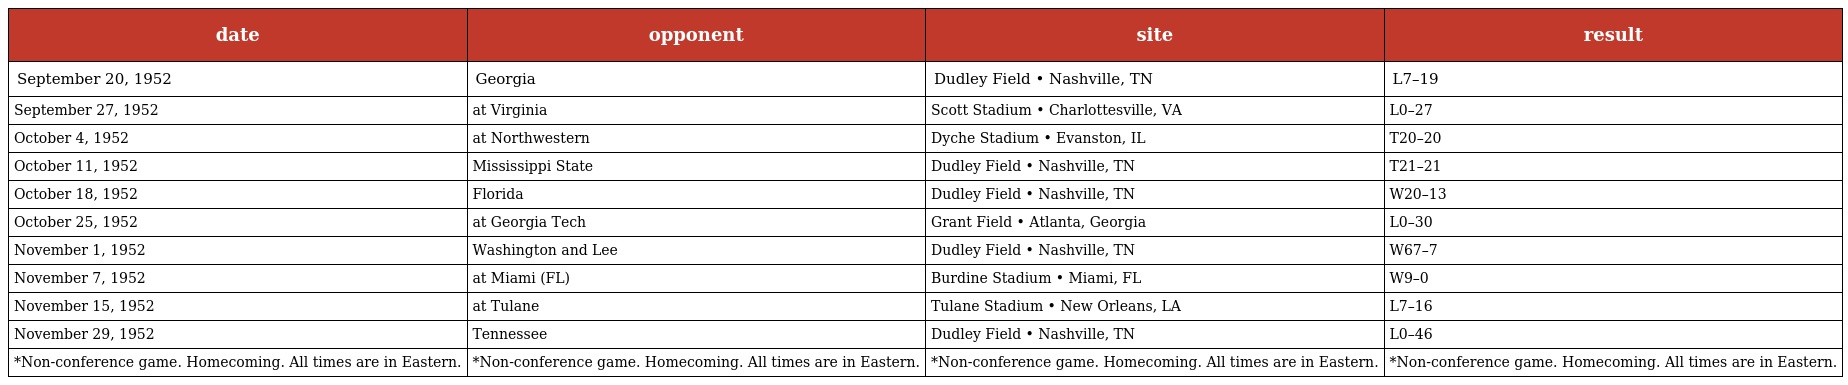
| date | opponent | site | result |
 | --- | --- | --- | --- |
 | September 20, 1952 | Georgia | Dudley Field • Nashville, TN | L7–19 |
 | September 27, 1952 | at Virginia | Scott Stadium • Charlottesville, VA | L0–27 |
 | October 4, 1952 | at Northwestern | Dyche Stadium • Evanston, IL | T20–20 |
 | October 11, 1952 | Mississippi State | Dudley Field • Nashville, TN | T21–21 |
 | October 18, 1952 | Florida | Dudley Field • Nashville, TN | W20–13 |
 | October 25, 1952 | at Georgia Tech | Grant Field • Atlanta, Georgia | L0–30 |
 | November 1, 1952 | Washington and Lee | Dudley Field • Nashville, TN | W67–7 |
 | November 7, 1952 | at Miami (FL) | Burdine Stadium • Miami, FL | W9–0 |
 | November 15, 1952 | at Tulane | Tulane Stadium • New Orleans, LA | L7–16 |
 | November 29, 1952 | Tennessee | Dudley Field • Nashville, TN | L0–46 |
 | *Non-conference game. Homecoming. All times are in Eastern. | *Non-conference game. Homecoming. All times are in Eastern. | *Non-conference game. Homecoming. All times are in Eastern. | *Non-conference game. Homecoming. All times are in Eastern. |